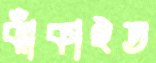
ঝাঁকাইত